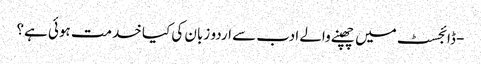
- ڈائجسٹ میں چھپنے والے ادب سے اردو زبان کی کیا خدمت ہوئی ہے؟